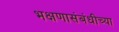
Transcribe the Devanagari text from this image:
भक्षणासंबंधीच्या